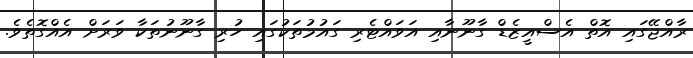
ރާއްޖޭގައި އޮތް އެސްއީޒެޑް ގާނޫނާއި އަވައްޓެރި ގައުމުތަކުގައި ހުރި ގާނޫނުތަކާ ވަރަށް އެއްގޮތެވެ.